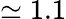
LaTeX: \simeq 1.1